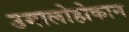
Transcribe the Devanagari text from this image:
उमालोहोकान